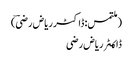
(ملتمس: ڈاکٹر ریاض رضیؔ)
ڈاکـٹر ریاض رضی